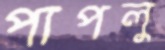
পাপলু